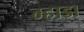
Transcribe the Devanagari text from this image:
म्हाडा